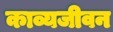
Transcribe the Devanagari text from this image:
काव्यजीवन